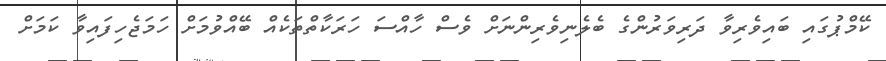
ކޭމްޕުގައި ބައިވެރިވާ ދަރިވަރުންގެ ބެލެނިވެރިންނަށް ވެސް ހާއްސަ ހަރަކާތްތަކެއް ބޭއްވުމަށް ހަމަޖެހިފައިވާ ކަމަށް